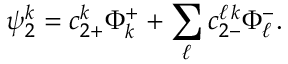
\psi _ { 2 } ^ { k } = c _ { 2 + } ^ { k } \Phi _ { k } ^ { + } + \sum _ { \ell } { c _ { 2 - } ^ { \ell \, k } \Phi _ { \ell } ^ { - } } .